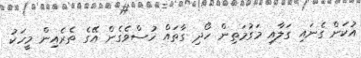
އުކަން ގެނައި ގަލާއި މަގުމަތިން ހޯދި ގާތައް ހުސްވެގެން އޭގެ ތެރެއިން މީހަކު